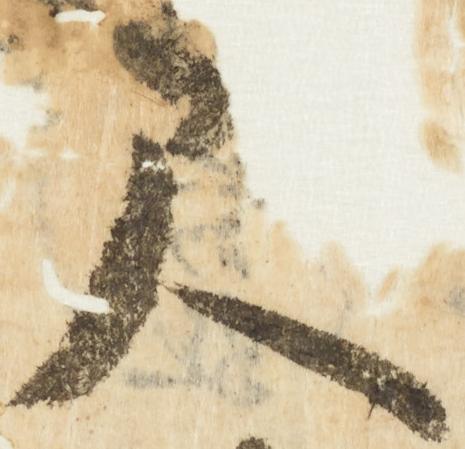
尺